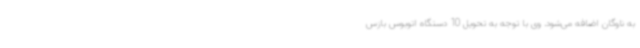
به ناوگان اضافه می‌شود. وی با توجه به تحویل 10 دستگاه اتوبوس بازس